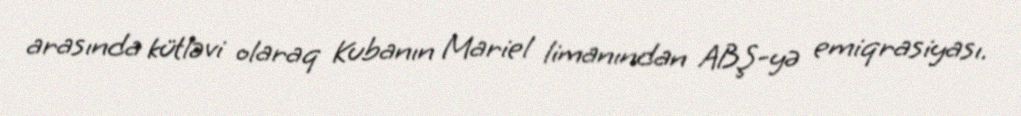
arasında kütləvi olaraq Kubanın Mariel limanından ABŞ-yə emiqrasiyası.